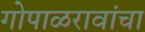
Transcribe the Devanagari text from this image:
गोपाळरावांचा